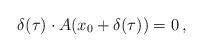
LaTeX: \begin{align*}\delta(\tau) \cdot A(x_0 + \delta(\tau)) = 0 \, ,\end{align*}